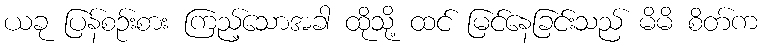
ယခု ပြန်စဉ်းစား ကြည့်သောအခါ ထိုသို့ ထင် မြင်နေခြင်းသည် မိမိ စိတ်က